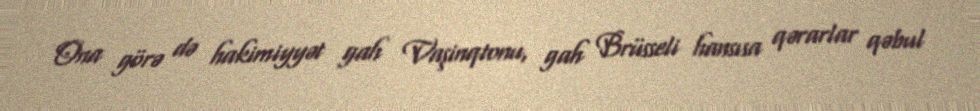
Ona görə də hakimiyyət gah Vaşinqtonu, gah Brüsseli hansısa qərarlar qəbul